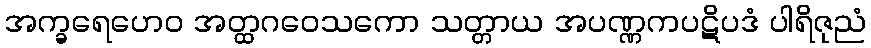
အက္ခရေဟေဝ အတ္ထဂဝေသကော သတ္တာယ အပဏ္ဏကပဋိပဒံ ပါရိဇုညံ